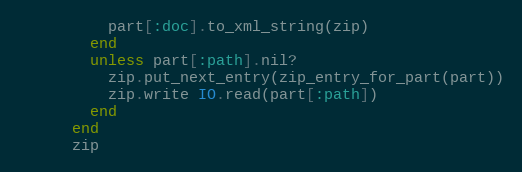
Language: Ruby
          part[:doc].to_xml_string(zip)
        end
        unless part[:path].nil?
          zip.put_next_entry(zip_entry_for_part(part))
          zip.write IO.read(part[:path])
        end
      end
      zip